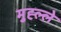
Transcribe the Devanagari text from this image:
मुह्ल्ले